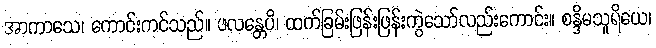
အာကာသေ၊ ကောင်းကင်သည်။ ဖလန္တေပိ၊ ထက်ခြမ်းဖြန်းဖြန်းကွဲသော်လည်းကောင်း။ စန္ဒိမသူရိယေ၊